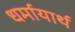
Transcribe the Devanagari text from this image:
धर्मायार्थ